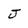
Character: J